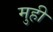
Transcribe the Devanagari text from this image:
मुही